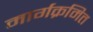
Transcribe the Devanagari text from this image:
मार्गक्रमित